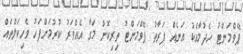
ޕޭވްމަންޓު ހެދުމާއެކު އަނެއް ފަރާތު ޕޭވްމަންޓު ތިރިކޮށް މަގާ އެއްވަރު ކުރުމަށްފަހު ވެހިކަލްތައް